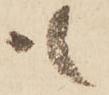
も